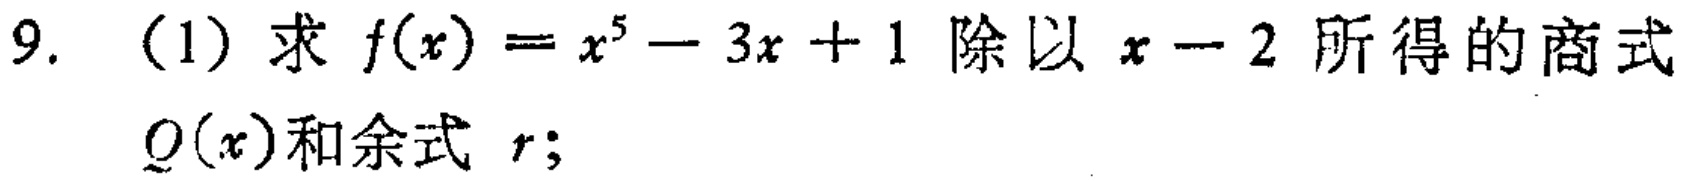
9. （1）求 \(f(x)=x^{5}-3x + 1\) 除以 \(x - 2\) 所得的商式 \(Q(x)\)和余式 \(r\);